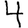
Digit: 4